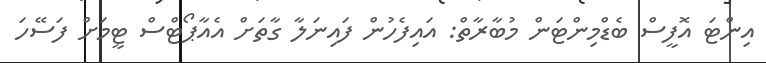
އިންޓަ އޮފީސް ބެޑްމިންޓަން މުބާރާތް: އައިފެހުން ފައިނަލާ ގާތަށް އެއާޕޯޓްސް ޓީމަށް ފަސޭހަ